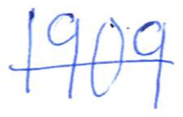
Text: 1909
Cross-out: single-line
Writing tool: ballpoint